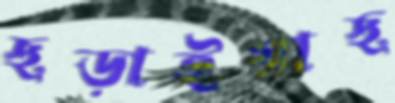
ছড়াইয়াছ